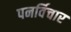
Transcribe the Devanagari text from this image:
पनर्विचार